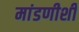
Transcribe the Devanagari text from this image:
मांडणीशी